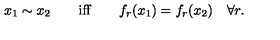
x _ { 1 } \sim x _ { 2 } \qquad \mathrm { i f f } \qquad f _ { r } ( x _ { 1 } ) = f _ { r } ( x _ { 2 } ) \quad \forall r .